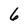
Character: 6